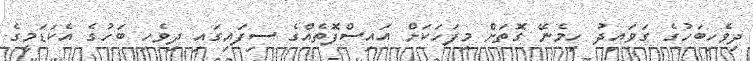
ދިވެހިބަހުގެ ގަވައިދު ހިމެނޭ ގޮތަށް މިފަހަކަށް އައިސްފޮތެއްގެ ސިފައިގައި ދިވެހި ބަހުގެ އެކަޑަމީގެ